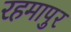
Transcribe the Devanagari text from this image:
रहमापुर